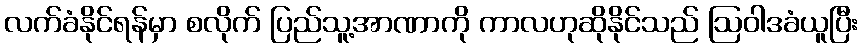
လက်ခံနိုင်ရန်မှာ စလိုက် ပြည်သူ့အာဏာကို ကာလဟုဆိုနိုင်သည် ဩဝါဒခံယူပြီး